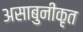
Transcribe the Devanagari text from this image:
असाबुनीकृत